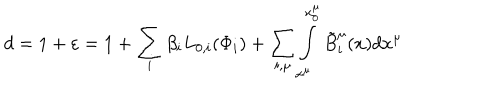
d = 1 + \varepsilon = 1 + \sum _ { i } { \beta _ { i } L _ { 0 , i } ( \Phi _ { i } ) } + \sum _ { i , \mu } { \int _ { x ^ { \mu } } ^ { x _ { 0 } ^ { \mu } } { \tilde { B } _ { i } ^ { \mu } ( x ) d x ^ { \mu } } }